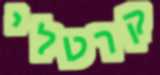
קרטלי